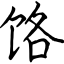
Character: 饹